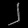
Digit: ၂